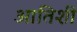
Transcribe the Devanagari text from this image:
आतिशी